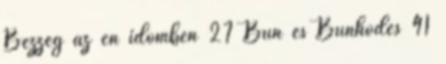
Bezzeg az én időmben 27 Bűn és Bűnhődés 41